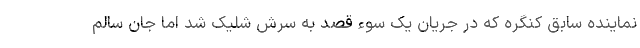
نماینده سابق کنگره که در جریان یک سوء قصد به سرش شلیک شد اما جان سالم